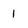
Character: 1